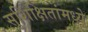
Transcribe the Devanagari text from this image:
सुशिक्षितांमध्ये